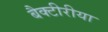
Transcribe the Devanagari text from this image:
बैक्टीरीया